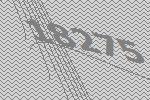
18275